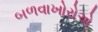
બળવાખોરોએ